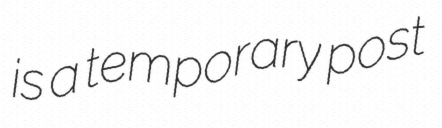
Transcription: is a temporary post